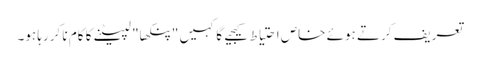
تعریف کرتے ہوئے خاص احتیاط کیجیے گا کہیں "پنکھا" لپیٹنے کا کام نا کررہا ہو۔